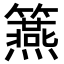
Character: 𥷀